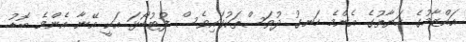
އައްޒާމުގެ ހަޔާތުގެ އެންމެ ހަނގު ދުވަސްތަކުގައިވެސް ފުޓުބޯޅަ އަކީ އޭނާ އެންމެ ބޮޑު